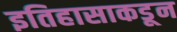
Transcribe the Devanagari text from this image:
इतिहासाकडून